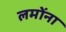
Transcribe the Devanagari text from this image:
लमोंना